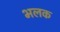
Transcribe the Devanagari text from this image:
भलक